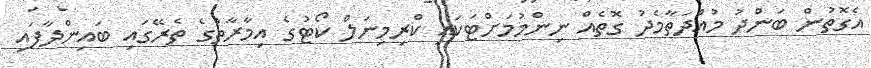
އެގޮތުން ބަންދު މުއްދަތާމެދު ގޮތެއް ނިންމުމަށްޓަކައި ކްރިމިނަލް ކޯޓުގެ އިމާރާތުގެ ތެރޭގައި ބައިންދާފައި